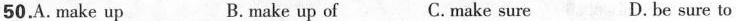
50.A. Make up B.make up of C.make sure D. be sure to